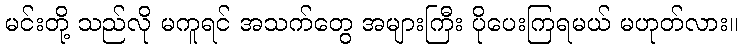
မင်းတို့ သည်လို မကူရင် အသက်တွေ အများကြီး ပိုပေးကြရမယ် မဟုတ်လား။